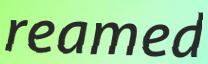
reamed